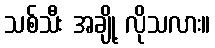
သစ်သီး အချို့ လိုသလား။